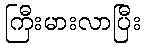
ကြီးမားလာပြီး